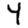
Digit: 4